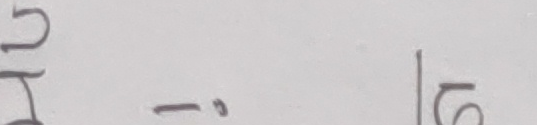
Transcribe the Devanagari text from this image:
हुिं|५